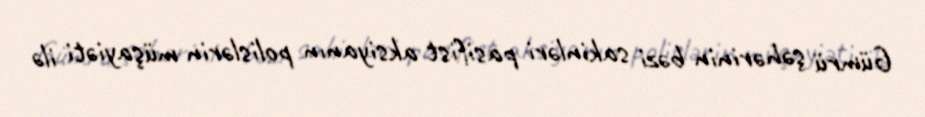
Gümrü şəhərinin bəzi sakinləri pasifist aksiyanın polislərin müşayiəti ilə